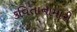
કવિતાનામારી